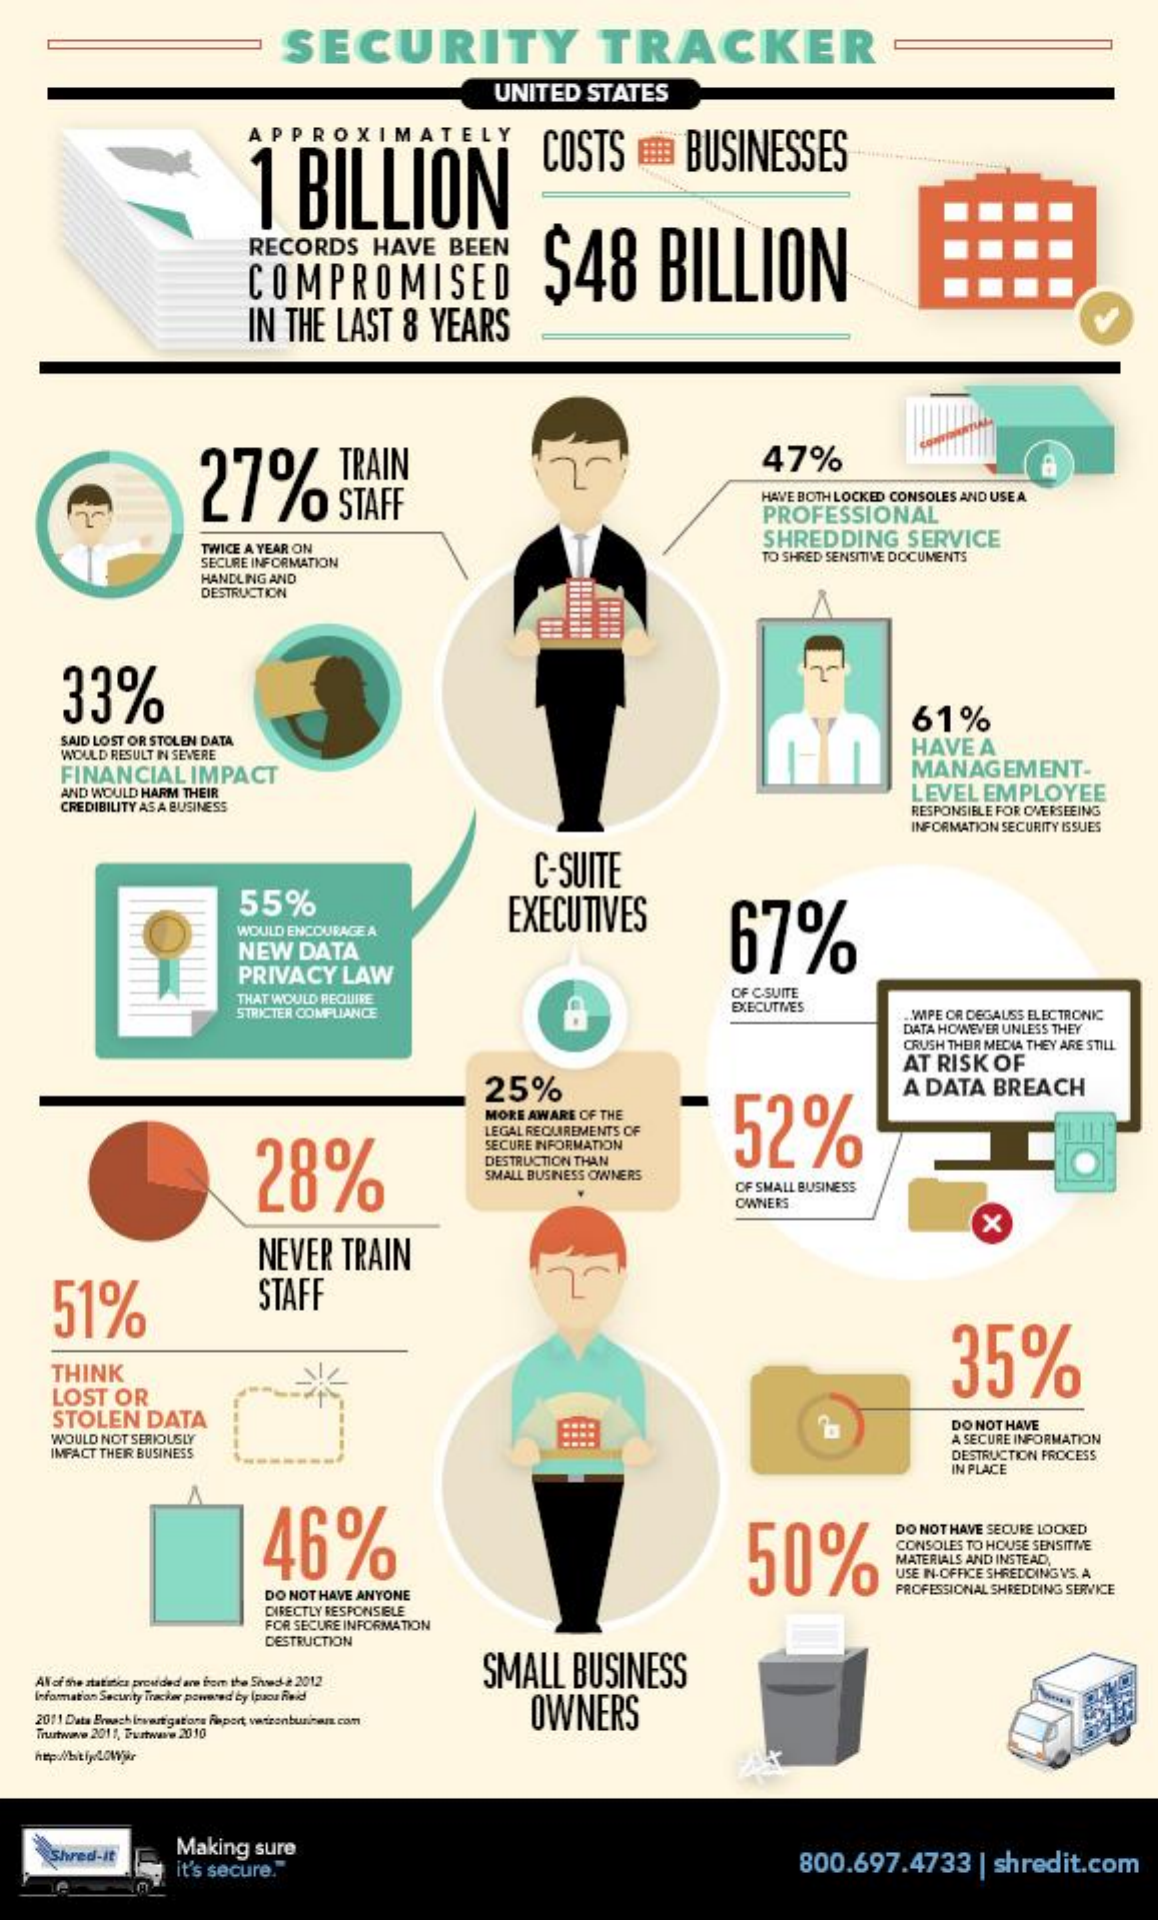
SECURITY    TRACKER
     UNITED   STATES
     APPROXIMATELY
     1  BILLION
     COSTS    =   BUSINESSES
     RECORDS    HAVE   BEEN
     COMPROMISED    $48    BILLION
     IN THE LAST   8 YEARS
     27%    SPAIN
     47%
     HAVE BOTH LOCKED CONSOLES AND USE A.
     PROFESSIONAL
     TWICE A YEAR ON
     SHREDDING    SERVICE
     SECURE INFORMATION    TO SHRED SENSITIVE DOCUMENTS
     HANDLING AND
     DESTRUCTION
     33%
     61%
     SAID LOST OR STOLEN DATA
     WOULD RESULT IN SEVERE
     HAVE  A
     FINANCIAL   IMPACT    MANAGEMENT-
     AND WOULD HARM THEIR    LEVEL EMPLOYEE
     CREDIBILITY AS A BUSINESS    RESPONSIBLE FOR OVERSEEING
     INFORMATION SECURITY ISSUES
     C-SUITE
     55%    EXECUTIVES
     67% WOULD ENCOURAGE A
     NEW  DATA
     PRIVACY  LAW
     THAT WOULD REQUIRE    OF C-SUITE
     STRICTER COMPLIANCE    EXECUTIVES
     WIPE OR DEGAUSS ELECTRONIC
     DATA HOWEVER UNLESS THEY
     CRUSH THEIR MECHA THEY ARE STILL
     25%
     AT RISK OF
     52%
     A DATA  BREACH
     MORE AWARE OF THE
     28%
     LEGAL REQUIREMENTS OF
     SECURE INFORMATION
     DESTRUCTION THAN
     SMALL BUSINESS OWNERS
     OF SMALL BUSINESS
     OWNERS
     NEVER   TRAIN
     x
     51%    STAFF
     35%
     THINK
     LOST  OR
     STOLEN   DATA
     WOULD NOT SERIOUSLY
     DO NOT HAVE
     IMFACT THEIR BUSINESS
     ----    A SECURE INFORMATION
     DESTRUCTION PROCESS
     IN PLACE
     46%    50%
     DO NOT HAVE SECURE LOCKED
     CONSOLES TO HOUSE SENSITIVE
     MATERIALS AND INSTEAD,
     USE IN-OFFICE SHREDDING VS. A
     DO NOT HAVE ANYONE    PROFESSIONAL SHREDDING SERVICE
     DIRECTLY RESPONSIBLE
     FOR SECURE INFORMATION
     DESTRUCTION
     SMALL    BUSINESS
    AV of the statistics provided are from the Shed-2 2012
   Information Security Tracker powered by [puxou Reid
     OWNERS 2011 Data Breach investigations Report, veszantunhans ram
    Truutwave 2011, Turtwave 2010
    http:/hitipLOWär
     Shred-it    Making sure
     it's secure."    800.697.4733    | shredit.com